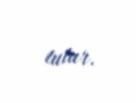
tutur.